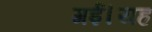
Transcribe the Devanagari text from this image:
गई।यह